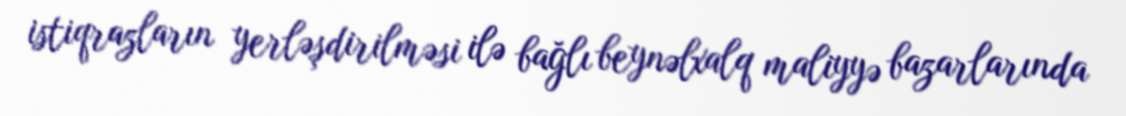
istiqrazların yerləşdirilməsi ilə bağlı beynəlxalq maliyyə bazarlarında